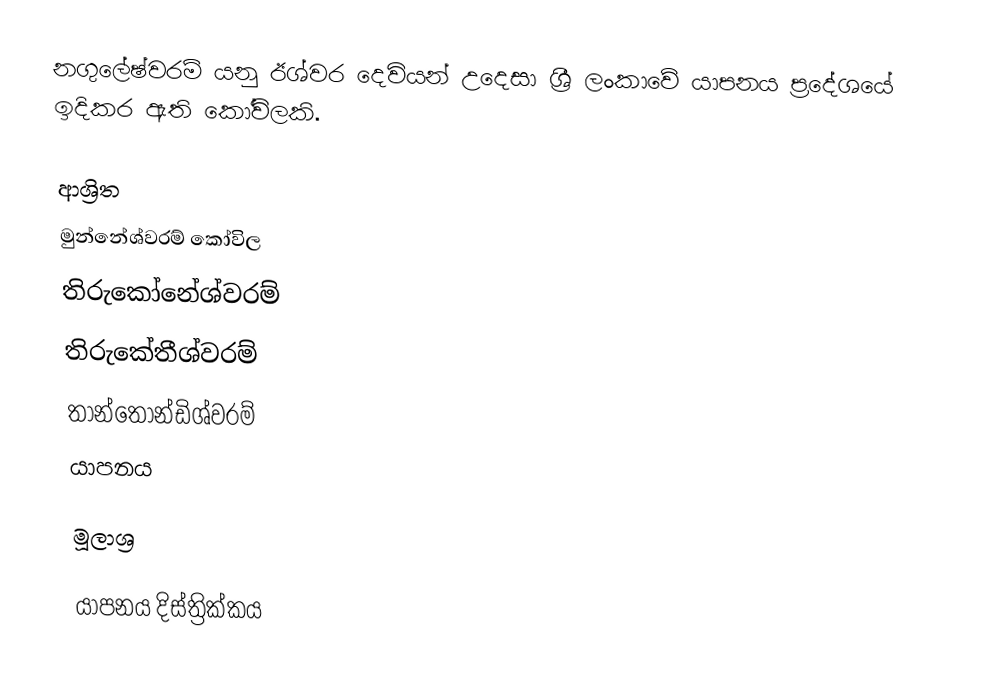
නගුලේෂ්වරම් යනු ඊශ්වර දෙවියන් උදෙසා ශ්‍රී ලංකාවේ යාපනය ප්‍රදේශයේ ඉදිකර ඇති කෝවිලකි.

ආශ්‍රිත
 මුන්නේශ්වරම් කෝවිල
 තිරුකෝනේශ්වරම්
 තිරුකේතීශ්වරම්
 තාන්තොන්ඩිශ්වරම්
 යාපනය

මූලාශ්‍ර

යාපනය දිස්ත්‍රික්කය